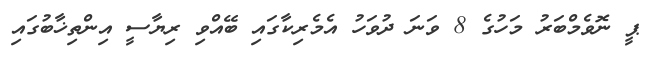
ޕީ ނޮވެމްބަރު މަހުގެ 8 ވަނަ ދުވަހު އެމެރިކާގައި ބޭއްވި ރިޔާސީ އިންތިޚާބުގައި